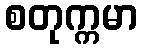
စတုက္ကမာ